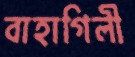
বাহাগিলী